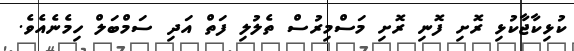
ކުޅިކާޖާކުޅި ރޮށި ފޮނި ރޮށި މަސްމިރުސް ތެލުލި ފަތް އަދި ސަމްބަލް ހިމެނެއެވެ.